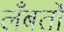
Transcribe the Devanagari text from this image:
लँबर्तो